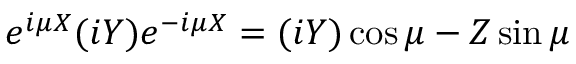
e ^ { i \mu X } ( i Y ) e ^ { - i \mu X } = ( i Y ) \cos \mu - Z \sin \mu